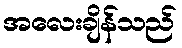
အလေးချိန်သည်